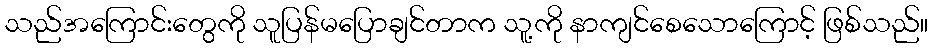
သည်အကြောင်းတွေကို သူပြန်မပြောချင်တာက သူ့ကို နာကျင်စေသောကြောင့် ဖြစ်သည်။